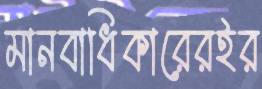
মানবাধিকারেরইর